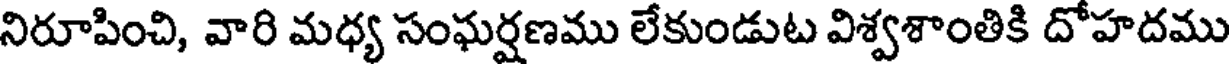
నిరూపించి, వారి మధ్య సంఘర్షణము లేకుండుట విశ్వశాంతికి దోహదము